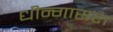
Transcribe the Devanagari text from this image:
धीन्गासरा